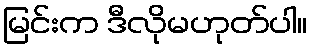
မြင်းက ဒီလိုမဟုတ်ပါ။